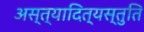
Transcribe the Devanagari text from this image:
अस्त्यादित्यस्तुति